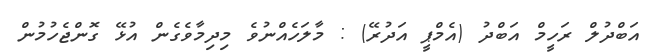
އަބްދުލް ރަހީމް އަބްދު (އެމްޕީ އަދުރޭ) : މާލަހެއްނުވެ މިދިމާވެގެން އުޅޭ ގޮންޖެހުމުން